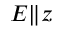
E \| z